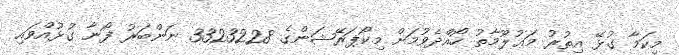
މިކަމާ ގުޅޭ އިތުރު މަޢުލޫމާތު ހޯއްދެވުމަށް މިކޯޕަރޭޝަންގެ 3323228 ނަންބަރު ފޯނާ ގުޅުއްވައި